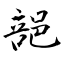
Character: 郶